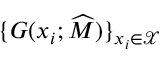
\{ G ( x _ { i } ; \widehat { M } ) \} _ { x _ { i } \in \mathcal { X } }